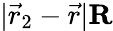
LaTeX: |\vec{r}_{2}-\vec{r}|\le R